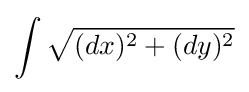
\int {\sqrt {(dx)^{2}+(dy)^{2}}}